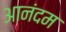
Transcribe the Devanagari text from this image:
आनंदम